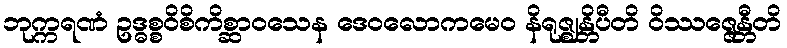
ဘုက္ကရဏံ ဥဒ္ဓစ္စဝိစိကိစ္ဆာဝသေန ဒေဝလောကမေဝ နိရုဇ္ဈန္တိပီတိ ဝိဿဇ္ဇေန္တီတိ